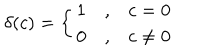
LaTeX: \delta ( c ) = \left\{ \begin{array} { c c c } { { 1 } } & { { , } } & { { c = 0 } } \\ { { 0 } } & { { , } } & { { c \neq 0 } } \\ \end{array} \right.